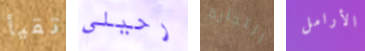
تقيأ رحيلي التجارة الأرامل